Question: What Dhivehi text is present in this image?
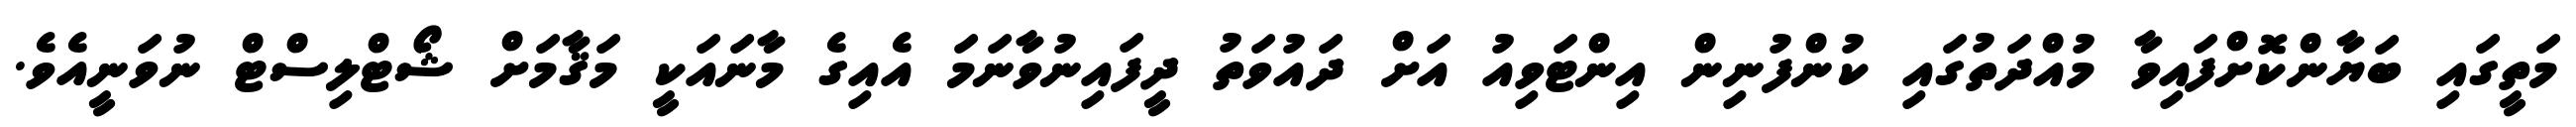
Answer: މަތީގައި ބަޔާންކޮށްފައިވާ މުއްދަތުގައި ކުންފުނިން އިންޓަވިއު އަށް ދައުވަތު ދީފައިނުވާނަމަ އެއިގެ މާނައަކީ މަޤާމަށް ޝޯޓްލިސްޓް ނުވަނީއެވެ.